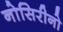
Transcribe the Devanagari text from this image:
नोसिरीनो